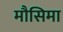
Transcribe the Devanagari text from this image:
मौसिमा